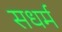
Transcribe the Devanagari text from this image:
सधर्म